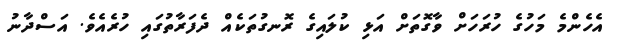
އެހެންމެ މަހުގެ ހުރަހަށް ވާގޮތަށް އަޅި ކުލައިގެ ރޮނގުތަކެއް ދެފަރާތުގައި ހުރެއެވެ. އަސްދާނު